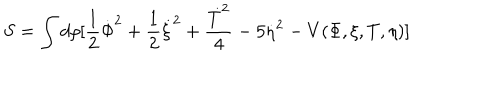
S = \int d \rho [ \frac { 1 } { 2 } \dot { \Phi } ^ { 2 } + \frac { 1 } { 2 } \dot { \xi } ^ { 2 } + \frac { \dot { T } ^ { 2 } } { 4 } - 5 \dot { \eta } ^ { 2 } - V ( \Phi , \xi , T , \eta ) ]